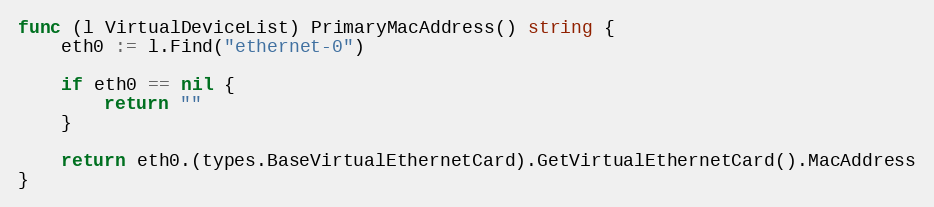
Language: Go
func (l VirtualDeviceList) PrimaryMacAddress() string {
	eth0 := l.Find("ethernet-0")

	if eth0 == nil {
		return ""
	}

	return eth0.(types.BaseVirtualEthernetCard).GetVirtualEthernetCard().MacAddress
}